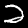
Digit: 2